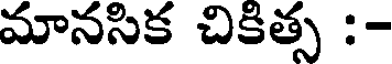
మానసిక చికిత్స :-